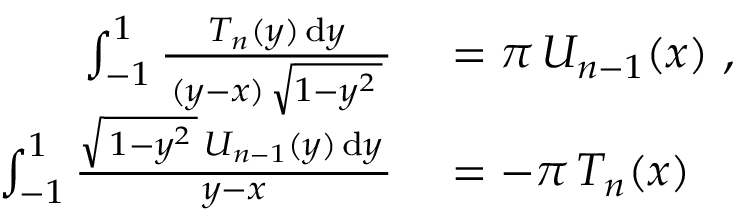
\begin{array} { r l } { \int _ { - 1 } ^ { 1 } { \frac { T _ { n } ( y ) \, \mathrm { d } y } { \, ( y - x ) \, { \sqrt { 1 - y ^ { 2 } \, } } \, } } } & { { } = \pi \, U _ { n - 1 } ( x ) ~ , } \\ { \int _ { - 1 } ^ { 1 } { \frac { { \sqrt { \, 1 - y ^ { 2 } \, } } \, U _ { n - 1 } ( y ) \, \mathrm { d } y \, } { y - x } } } & { { } = - \pi \, T _ { n } ( x ) } \end{array}